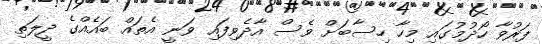
ފަރުވާ ހޯދުމުގައި މިހާ ހިސާބަށް ވެސް އާދެވިފައި ވަނީ އެތައް ބައެއްގެ ދީލަތި